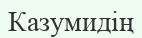
Казумидің